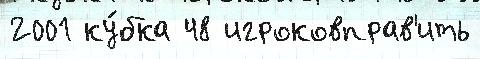
2001 ку́бка 48 игроковправ'ить